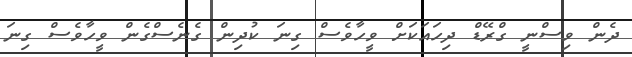
ދެން ވިސްނީ ގްރޭޑް ދިހައަކަށް ވީހާވެސް ގިނަ ކުދިން ގެނެސްގެން ވީހާވެސް ގިނަ